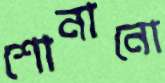
শোনানো